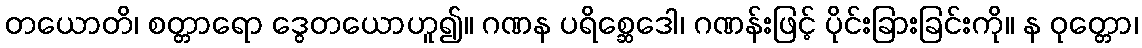
တယောတိ၊ စတ္တာရော ဒွေတယောဟူ၍။ ဂဏန ပရိစ္ဆေဒေါ၊ ဂဏန်းဖြင့် ပိုင်းခြားခြင်းကို။ န ဝုတ္တော၊